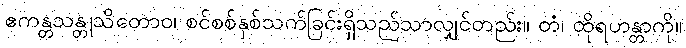
ဧကန္တသန္တုသိတောဝ၊ စင်စစ်နှစ်သက်ခြင်းရှိသည်သာလျှင်တည်း။ တံ၊ ထိုရဟန္တာကို။